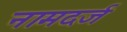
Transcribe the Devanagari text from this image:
नामदर्ज